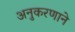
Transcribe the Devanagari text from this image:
अनुकरणाने